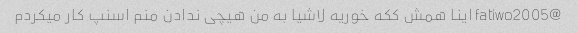
@fatiwo2005 اینا همش ککه خوریه لاشیا به من هیچی ندادن منم اسنپ کار میکردم